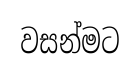
වසන්මට